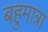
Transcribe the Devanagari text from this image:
बहुमात्रा